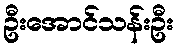
ဦးအောင်သန်းဦး